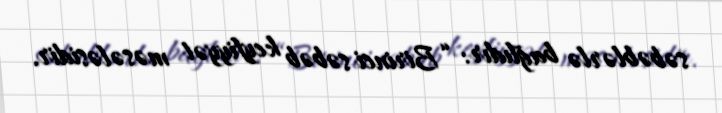
səbəblərlə bağlıdır: “Birinci səbəb keyfiyyət məsələsidir.